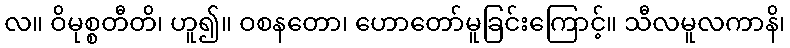
လ။ ဝိမုစ္စတီတိ၊ ဟူ၍။ ဝစနတော၊ ဟောတော်မူခြင်းကြောင့်။ သီလမူလကာနိ၊